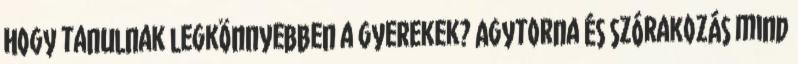
Hogy tanulnak legkönnyebben a gyerekek? Agytorna és szórakozás mind